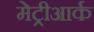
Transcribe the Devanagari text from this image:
मेट्रीआर्क